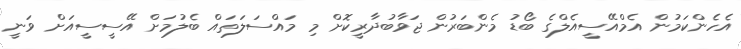
އެހެންކަމުން އެމްއޭސީއެލްގެ ބޯޑު މެންބަރުން ޖަވާބުދާރީކޮށް މި މައްސަލަތައް ބެލުމަށް އޭސީސީއަށް ވަނީ